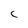
Character: C